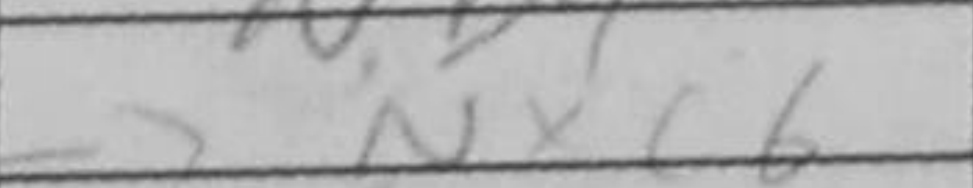
Transcription: Nxc6